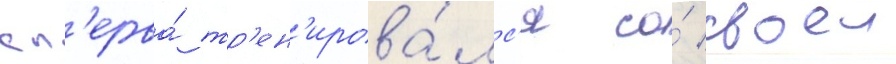
сп'ерва́ тр'ен'ирова́лс'я со́ своеи